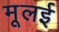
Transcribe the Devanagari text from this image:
मूलई